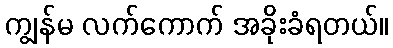
ကျွန်မ လက်ကောက် အခိုးခံရတယ်။